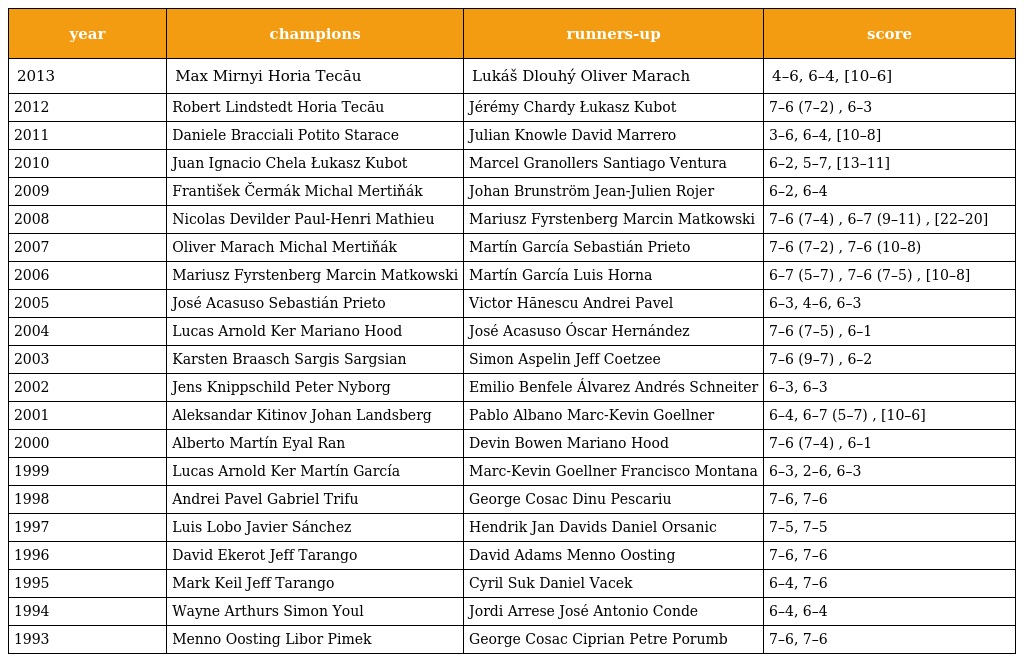
| year | champions | runners-up | score |
 | --- | --- | --- | --- |
 | 2013 | Max Mirnyi Horia Tecău | Lukáš Dlouhý Oliver Marach | 4–6, 6–4, [10–6] |
 | 2012 | Robert Lindstedt Horia Tecău | Jérémy Chardy Łukasz Kubot | 7–6 (7–2) , 6–3 |
 | 2011 | Daniele Bracciali Potito Starace | Julian Knowle David Marrero | 3–6, 6–4, [10–8] |
 | 2010 | Juan Ignacio Chela Łukasz Kubot | Marcel Granollers Santiago Ventura | 6–2, 5–7, [13–11] |
 | 2009 | František Čermák Michal Mertiňák | Johan Brunström Jean-Julien Rojer | 6–2, 6–4 |
 | 2008 | Nicolas Devilder Paul-Henri Mathieu | Mariusz Fyrstenberg Marcin Matkowski | 7–6 (7–4) , 6–7 (9–11) , [22–20] |
 | 2007 | Oliver Marach Michal Mertiňák | Martín García Sebastián Prieto | 7–6 (7–2) , 7–6 (10–8) |
 | 2006 | Mariusz Fyrstenberg Marcin Matkowski | Martín García Luis Horna | 6–7 (5–7) , 7–6 (7–5) , [10–8] |
 | 2005 | José Acasuso Sebastián Prieto | Victor Hănescu Andrei Pavel | 6–3, 4–6, 6–3 |
 | 2004 | Lucas Arnold Ker Mariano Hood | José Acasuso Óscar Hernández | 7–6 (7–5) , 6–1 |
 | 2003 | Karsten Braasch Sargis Sargsian | Simon Aspelin Jeff Coetzee | 7–6 (9–7) , 6–2 |
 | 2002 | Jens Knippschild Peter Nyborg | Emilio Benfele Álvarez Andrés Schneiter | 6–3, 6–3 |
 | 2001 | Aleksandar Kitinov Johan Landsberg | Pablo Albano Marc-Kevin Goellner | 6–4, 6–7 (5–7) , [10–6] |
 | 2000 | Alberto Martín Eyal Ran | Devin Bowen Mariano Hood | 7–6 (7–4) , 6–1 |
 | 1999 | Lucas Arnold Ker Martín García | Marc-Kevin Goellner Francisco Montana | 6–3, 2–6, 6–3 |
 | 1998 | Andrei Pavel Gabriel Trifu | George Cosac Dinu Pescariu | 7–6, 7–6 |
 | 1997 | Luis Lobo Javier Sánchez | Hendrik Jan Davids Daniel Orsanic | 7–5, 7–5 |
 | 1996 | David Ekerot Jeff Tarango | David Adams Menno Oosting | 7–6, 7–6 |
 | 1995 | Mark Keil Jeff Tarango | Cyril Suk Daniel Vacek | 6–4, 7–6 |
 | 1994 | Wayne Arthurs Simon Youl | Jordi Arrese José Antonio Conde | 6–4, 6–4 |
 | 1993 | Menno Oosting Libor Pimek | George Cosac Ciprian Petre Porumb | 7–6, 7–6 |